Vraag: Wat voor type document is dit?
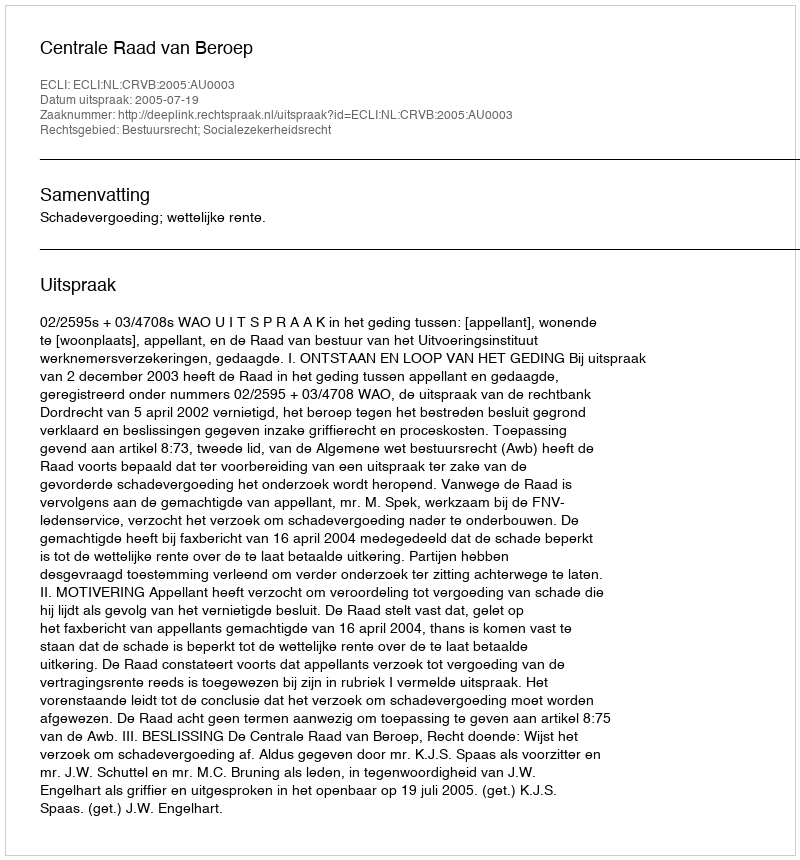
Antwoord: Uitspraak